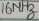
Text: 16MHz